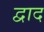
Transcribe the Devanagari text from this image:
द्वाद